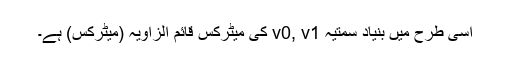
اسی طرح میں بنیاد سمتیہ v0, v1 کی میٹرکس قائم الزاویہ (میٹرکس) ہے۔